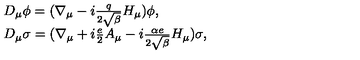
\begin{array} { l l } { D _ { \mu } \phi = ( \nabla _ { \mu } - i \frac { q } { 2 \sqrt { \beta } } H _ { \mu } ) \phi , } \\ { D _ { \mu } \sigma = ( \nabla _ { \mu } + i \frac { e } { 2 } A _ { \mu } - i \frac { \alpha e } { 2 \sqrt { \beta } } H _ { \mu } ) \sigma , } \\ \end{array}